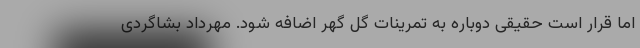
اما قرار است حقیقی دوباره به تمرینات گل گهر اضافه شود. مهرداد بشاگردی